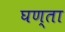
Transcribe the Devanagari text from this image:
घण्ता